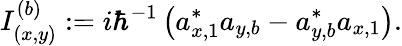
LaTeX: I_{(x,y)}^{(b)}:=i\hbar^{-1}\left(a_{x,1}^{\ast}a_{y,b}-a_{y,b}^{\ast}a_{x,1}\right).